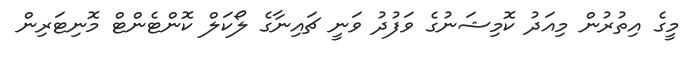
މީގެ އިތުރުން މިއަދު ކޮމިޝަނުގެ ވަފުދު ވަނީ ޗައިނާގެ ލޯކަލް ކޮންޓެންޓް މޮނިޓަރިން